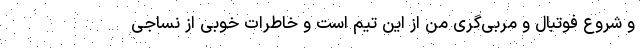
و شروع فوتبال و مربی‌گری من از این تیم است و خاطرات خوبی از نساجی